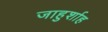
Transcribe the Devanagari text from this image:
जाहुर्शाह